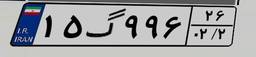
۰۰گ۰۵۷۰۶